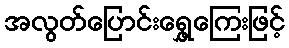
အလွတ်ပြောင်းရွှေ့ကြေးဖြင့်